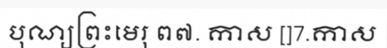
បុណ្យព្រះមេរុ ព៧. កាស []7.កាស